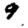
Digit: 9